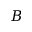
B